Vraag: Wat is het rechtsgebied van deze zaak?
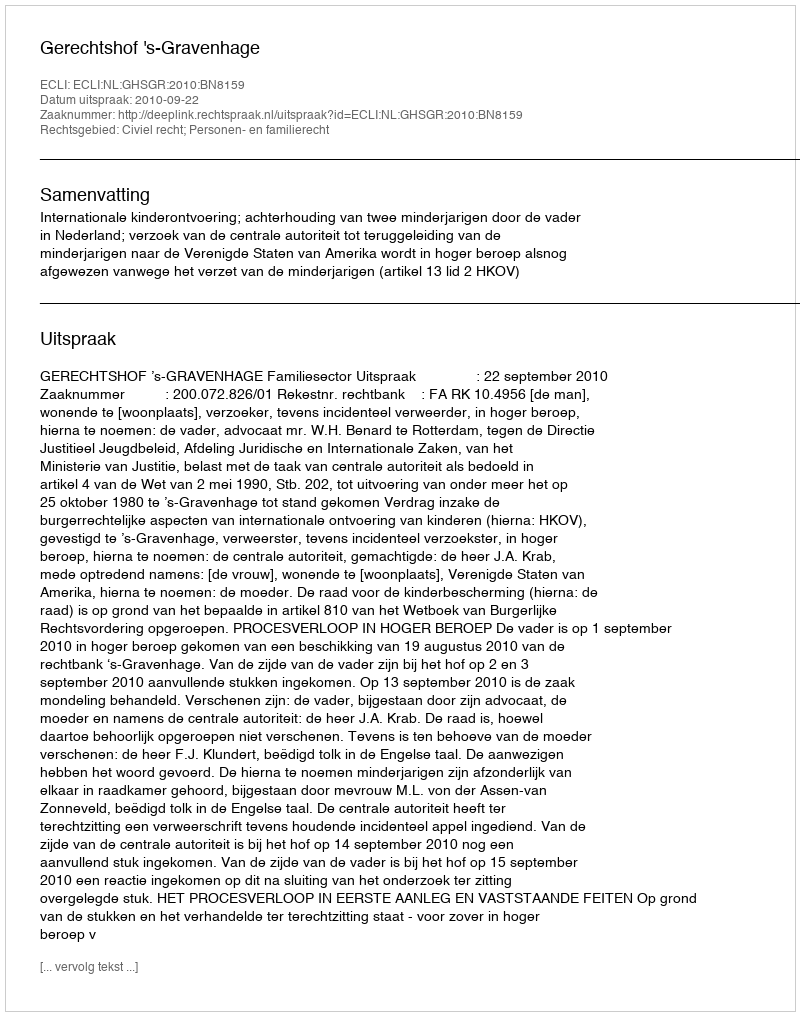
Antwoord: Civiel recht; Personen- en familierecht